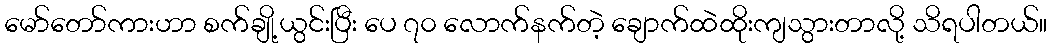
မော်တော်ကားဟာ စက်ချို့ယွင်းပြီး ပေ ၇၀ လောက်နက်တဲ့ ချောက်ထဲထိုးကျသွားတာလို့ သိရပါတယ်။